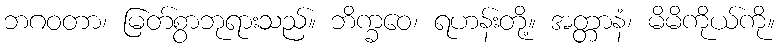
ဘဂဝတာ၊ မြတ်စွာဘုရားသည်။ ဘိက္ခဝေ၊ ရဟန်းတို့။ အတ္တာနံ၊ မိမိကိုယ်ကို။